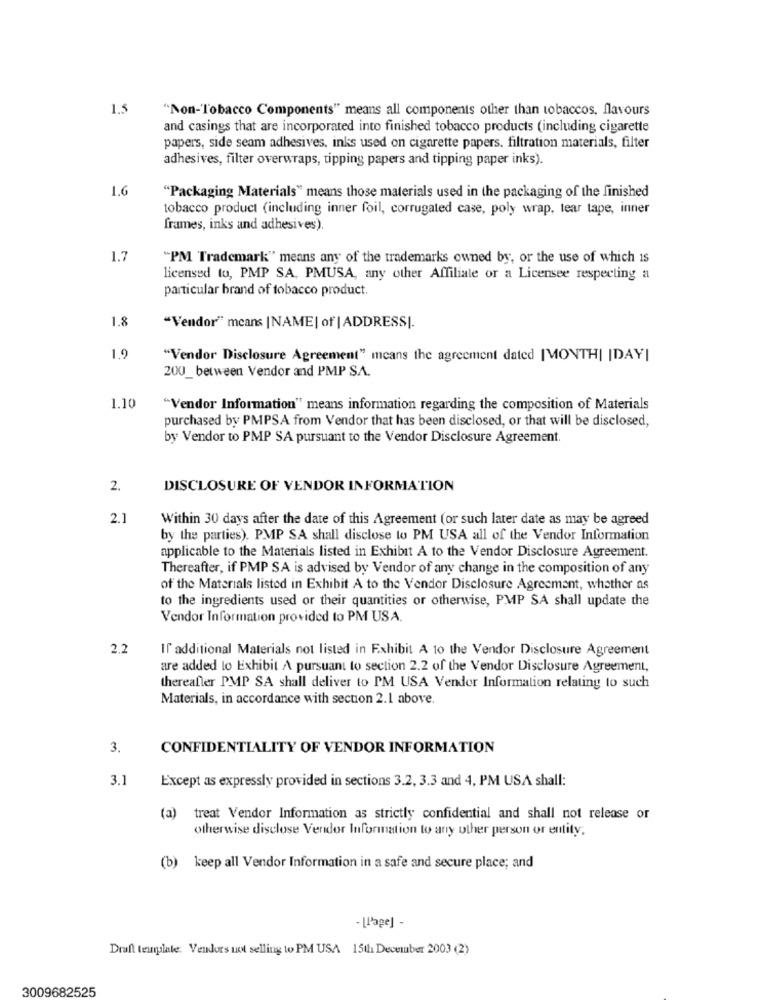
1.5
"Non-Tobacco Components" means all components other than tobaccos, flavours
and casings that are incorporated into finished tobacco products (including cigarette
papers, side seam adhesives, inks used on cigarette papers. filtration materials, filter
adhesives, filter overwraps, tipping papers and tipping paper inks).
1.6
"Packaging Materials" means those materials used in the packaging of the finished
tobacco product (including inner foil, corrugated case, poly wrap, tear tape, inner
frames, inks and adhesives).
1.7
"PM Trademark" means any of the trademarks owned by, or the use of which is
licensed to, PMP SA, PMUSA, any other Affiliate or a Licensee respecting a
particular brand of tobacco product.
1.8
"Vendor" means |NAME| of | ADDRESS|.
1,9
"Vendor Disclosure Agreement" means the agreement dated [MONTH| |DAY|
200_ between Vendor and PMP SA.
1.10
"Vendor Information" means information regarding the composition of Materials
purchased by PMPSA from Vendor that has been disclosed, or that will be disclosed,
by Vendor to PMP SA pursuant to the Vendor Disclosure Agreement.
2.
DISCLOSURE OF VENDOR INFORMATION
2.1
Within 30 days after the date of this Agreement (or such later date as may be agreed
by the parties), PMP SA shall disclose to PM USA all of the Vendor Information
applicable to the Materials listed in Exhibit A to the Vendor Disclosure Agreement.
Thereafter, if PMP SA is advised by Vendor of any change in the composition of any
of the Materials listed in Exhibit A to the Vendor Disclosure Agreement, whether as
to the ingredients used or their quantities or otherwise, PMP SA shall update the
Vendor Information provided to PM USA.
2,2
If additional Materials not listed in Exhibit A 10 the Vendor Disclosure Agreement
are added to Exhibit A pursuant to section 2.2 of the Vendor Disclosure Agreement,
thereafter PMP SA shall deliver to PM USA Vendor Information relating to such
Materials, in accordance with section 2.1 above.
3.
CONFIDENTIALITY OF VENDOR INFORMATION
3.1
Except as expressly provided in sections 3.2, 3.3 and 4, PM USA shall:
(a)
treat Vendor Information as strictly confidential and shall not release or
otherwise disclose Vendor Information to any other person or entity;
(b) keep all Vendor Information in a safe and secure place; and
- [Page] -
Draft template. Vendors not selling to PM USA 15th December 2003 (2)
3009682525